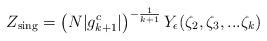
LaTeX: \begin{align*}Z_{\mbox{\scriptsize sing}} = \left(N|g^c_{k+1}|\right)^{-\frac{1}{k+1}}Y_\epsilon(\zeta_2,\zeta_3,...\zeta_k)\end{align*}